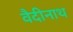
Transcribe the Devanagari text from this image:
वैदीनाथ